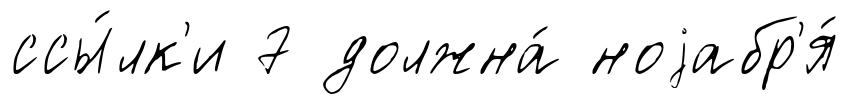
ссы́лк'и 7 должна́ ноjабр'я́